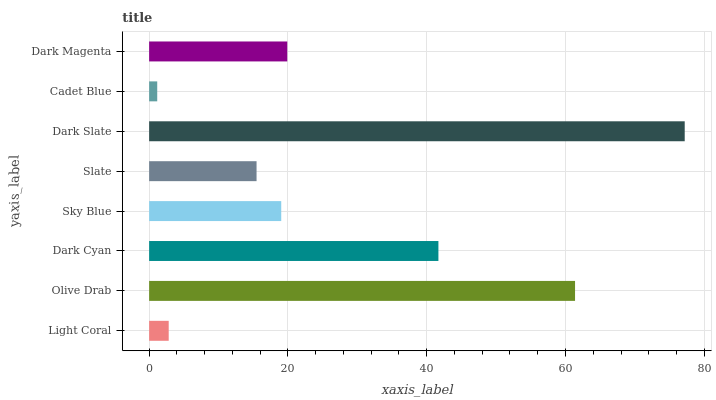
| yaxis_label | bars |
 | --- | --- |
 | Light Coral | 2.82 |
 | Olive Drab | 61.4 |
 | Dark Cyan | 41.7 |
 | Sky Blue | 19 |
 | Slate | 15.5 |
 | Dark Slate | 77.2 |
 | Cadet Blue | 1.17 |
 | Dark Magenta | 19.9 |